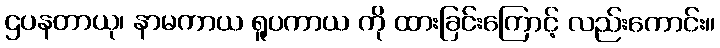
ဌပနတာယု၊ နာမကာယ ရူပကာယ ကို ထားခြင်းကြောင့် လည်းကောင်း။